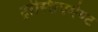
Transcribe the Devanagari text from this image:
ट्रांस्शिपमेण्ट